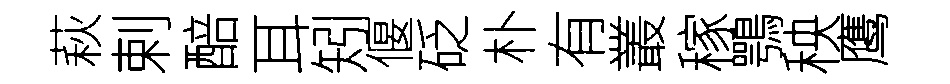
萩剌醅耳矧偃砭朴有叢稼鶚秧鹰